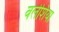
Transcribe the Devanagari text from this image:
वलेशिया